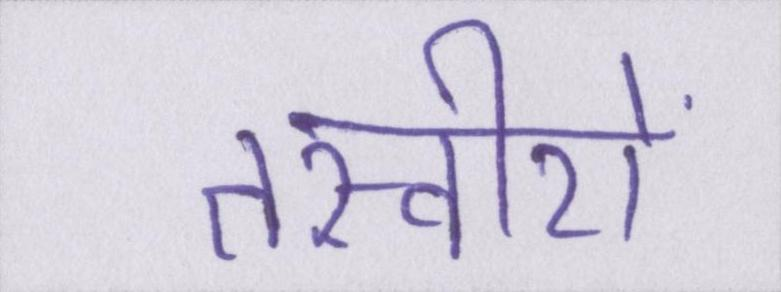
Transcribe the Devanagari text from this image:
तस्वीरों